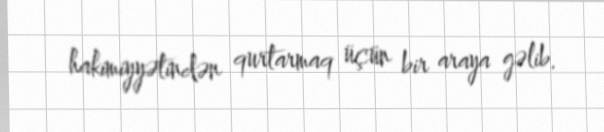
hakimiyyətindən qurtarmaq üçün bir araya gəlib.